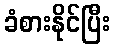
ခံစားနိုင်ပြီး